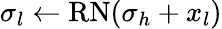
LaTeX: \sigma_{l}\gets\mathrm{RN}(\sigma_{h}+x_{l})